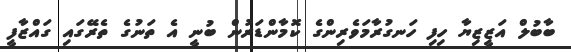
ބާބުލް އަޒީޒިޔާ ހިފި ހަނގުރާމަވެރިންގެ ކޮމާންޑަރުން ބުނީ އެ ތަނުގެ ތެރޭގައި ގައްޒާފީ